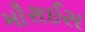
મૌરાઈસ